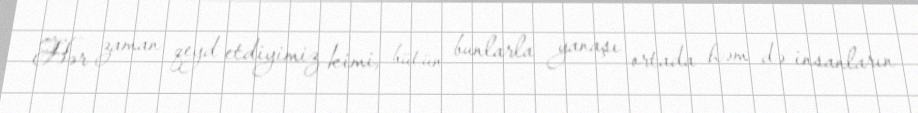
Hər zaman qeyd etdiyimiz kimi, bütün bunlarla yanaşı ortada həm də insanların